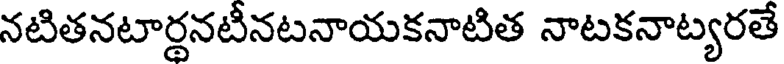
నటితనటార్థనటీనటనాయకనాటిత నాటకనాట్యరతే